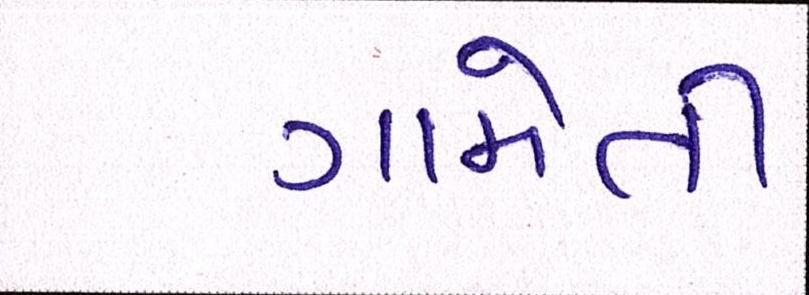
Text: ગામેતી